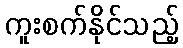
ကူးစက်နိုင်သည့်